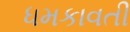
ધમકાવતી